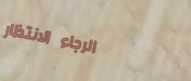
الرجاء الانتظار